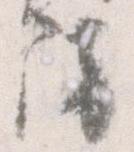
防